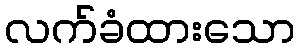
လက်ခံထားသော